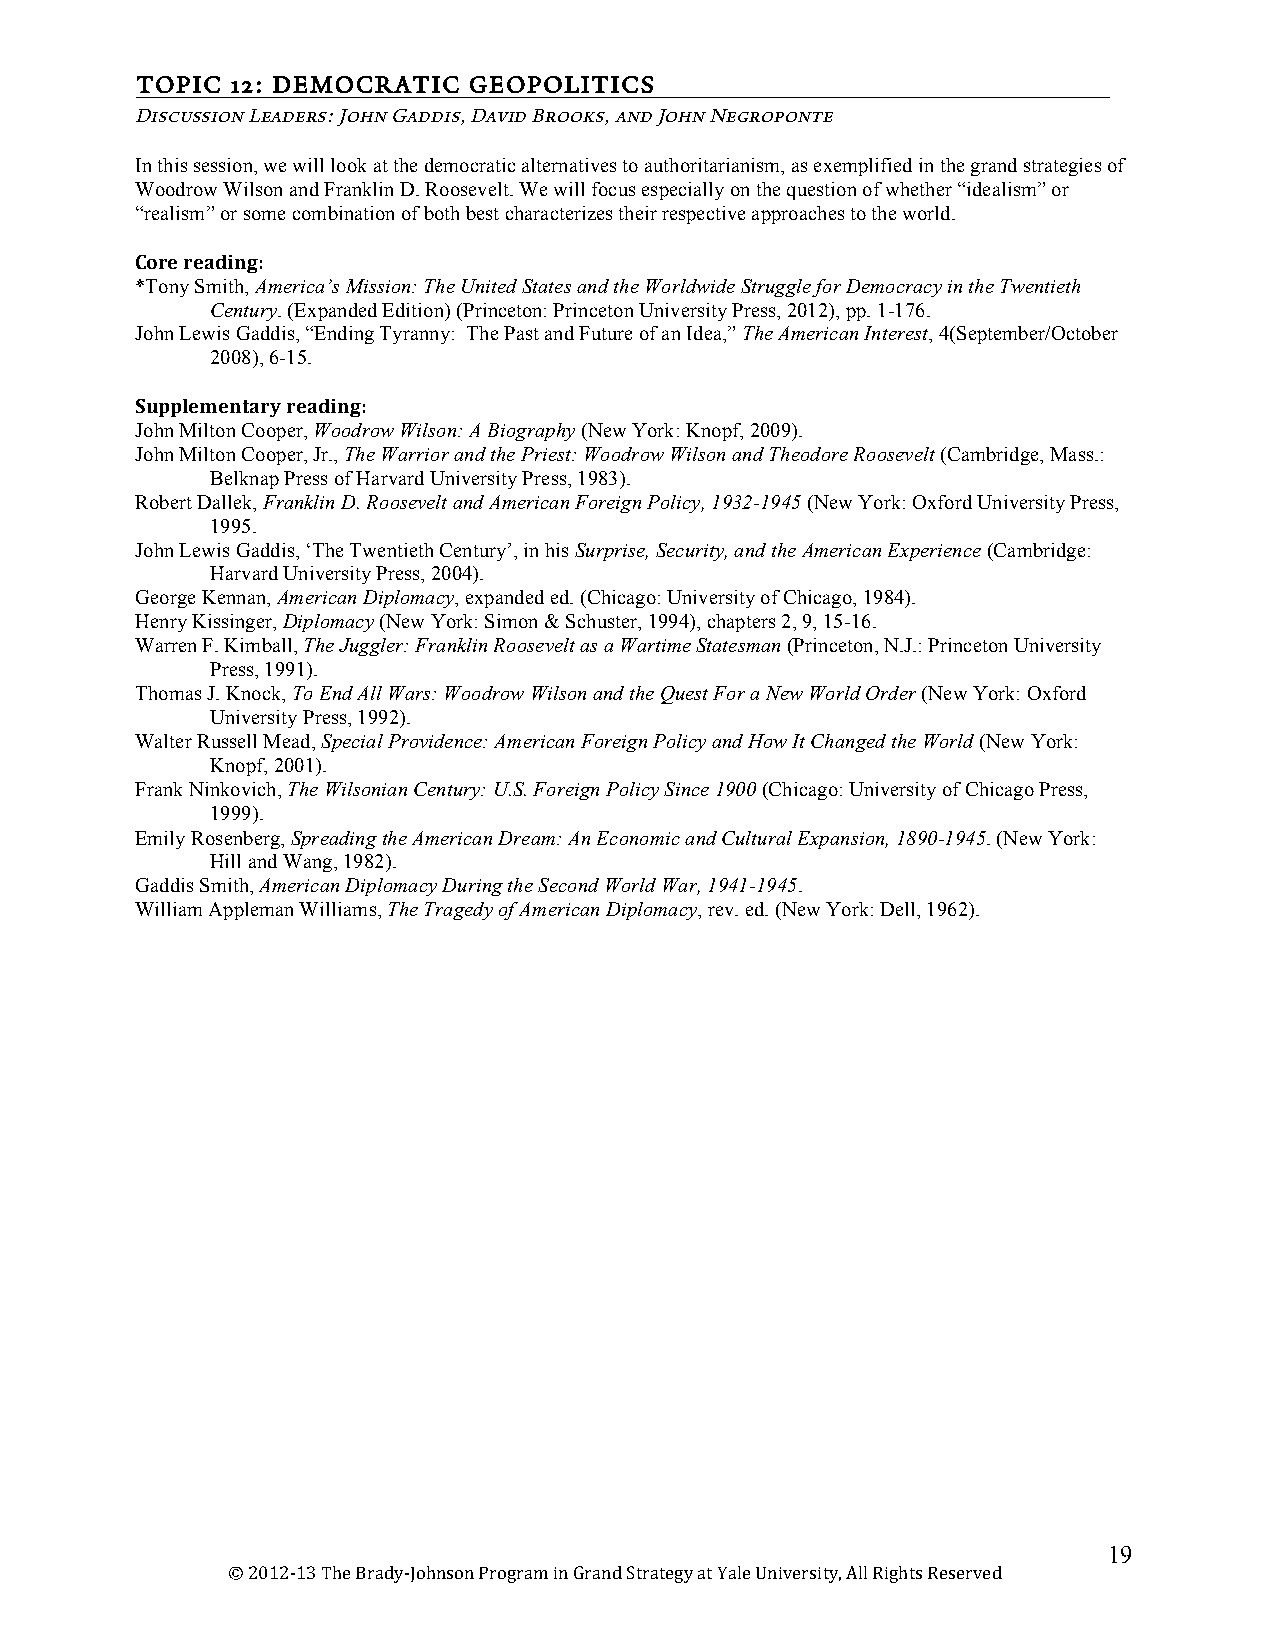
TOPIC 12: DEMOCRATIC  GEOPOLITICS
 U
 Discussion Leaders: John Gaddis, David Brooks, and John Negroponte
 In this session, we will look at the democratic alternatives to authoritarianism, as exemplified in the grand strategies of
 Woodrow Wilson and Franklin D. Roosevelt. We will focus especially on the question of whether “idealism” or
 “realism” or some combination of both best characterizes their respective approaches to the world.
 Core reading:
 *Tony Smith, America’s Mission: The United States and the Worldwide Struggle for Democracy in the Twentieth
 Century. (Expanded Edition) (Princeton: Princeton University Press, 2012), pp. 1-176.
 John Lewis Gaddis, “Ending Tyranny: The Past and Future of an Idea,” The American Interest, 4(September/October
 2008), 6-15.
 Supplementary reading:
 John Milton Cooper, Woodrow Wilson: A Biography (New York: Knopf, 2009).
 John Milton Cooper, Jr., The Warrior and the Priest: Woodrow Wilson and Theodore Roosevelt (Cambridge, Mass.:
 Belknap Press of Harvard University Press, 1983).
 Robert Dallek, Franklin D. Roosevelt and American Foreign Policy, 1932-1945 (New York: Oxford University Press,
 1995.
 John Lewis Gaddis, ‘The Twentieth Century’, in his Surprise, Security, and the American Experience (Cambridge:
 Harvard University Press, 2004).
 George Kennan, American Diplomacy, expanded ed. (Chicago: University of Chicago, 1984).
 Henry Kissinger, Diplomacy (New York: Simon & Schuster, 1994), chapters 2, 9, 15-16.
 Warren F. Kimball, The Juggler: Franklin Roosevelt as a Wartime Statesman (Princeton, N.J.: Princeton University
 Press, 1991).
 Thomas J. Knock, To End All Wars: Woodrow Wilson and the Quest For a New World Order (New York: Oxford
 University Press, 1992).
 Walter Russell Mead, Special Providence: American Foreign Policy and How It Changed the World (New York:
 Knopf, 2001).
 Frank Ninkovich, The Wilsonian Century: U.S. Foreign Policy Since 1900 (Chicago: University of Chicago Press,
 1999).
 Emily Rosenberg, Spreading the American Dream: An Economic and Cultural Expansion, 1890-1945. (New York:
 Hill and Wang, 1982).
 Gaddis Smith, American Diplomacy During the Second World War, 1941-1945.
 William Appleman Williams, The Tragedy of American Diplomacy, rev. ed. (New York: Dell, 1962).
 19
 © 2012‐13 The Brady‐Johnson Program in Grand Strategy at Yale University, All Rights Reserved